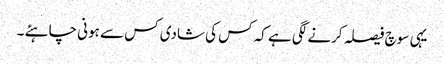
یہی سوچ فیصلہ کرنے لگی ہے کہ کس کی شادی کس سے ہونی چاہئے ۔